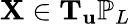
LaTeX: \mathbf{X}\in\mathbf{T}_{\mathbf{u}}\mathbb{P}_{L}